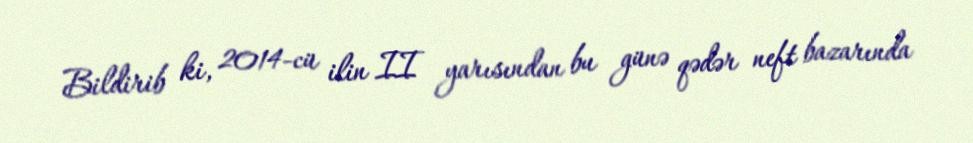
Bildirib ki, 2014-cü ilin II yarısından bu günə qədər neft bazarında